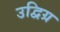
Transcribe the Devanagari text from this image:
उद्विग्र